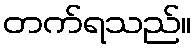
တက်ရသည်။